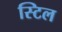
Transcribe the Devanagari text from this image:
स्‍टिल